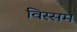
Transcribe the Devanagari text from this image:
विस्सम